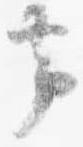
帯